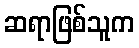
ဆရာဖြစ်သူက